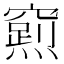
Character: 𮄛